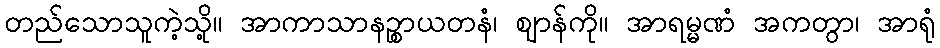
တည်သောသူကဲ့သို့။ အာကာသာနဉ္စာယတနံ၊ ဈာန်ကို။ အာရမ္မဏံ အကတွာ၊ အာရုံ